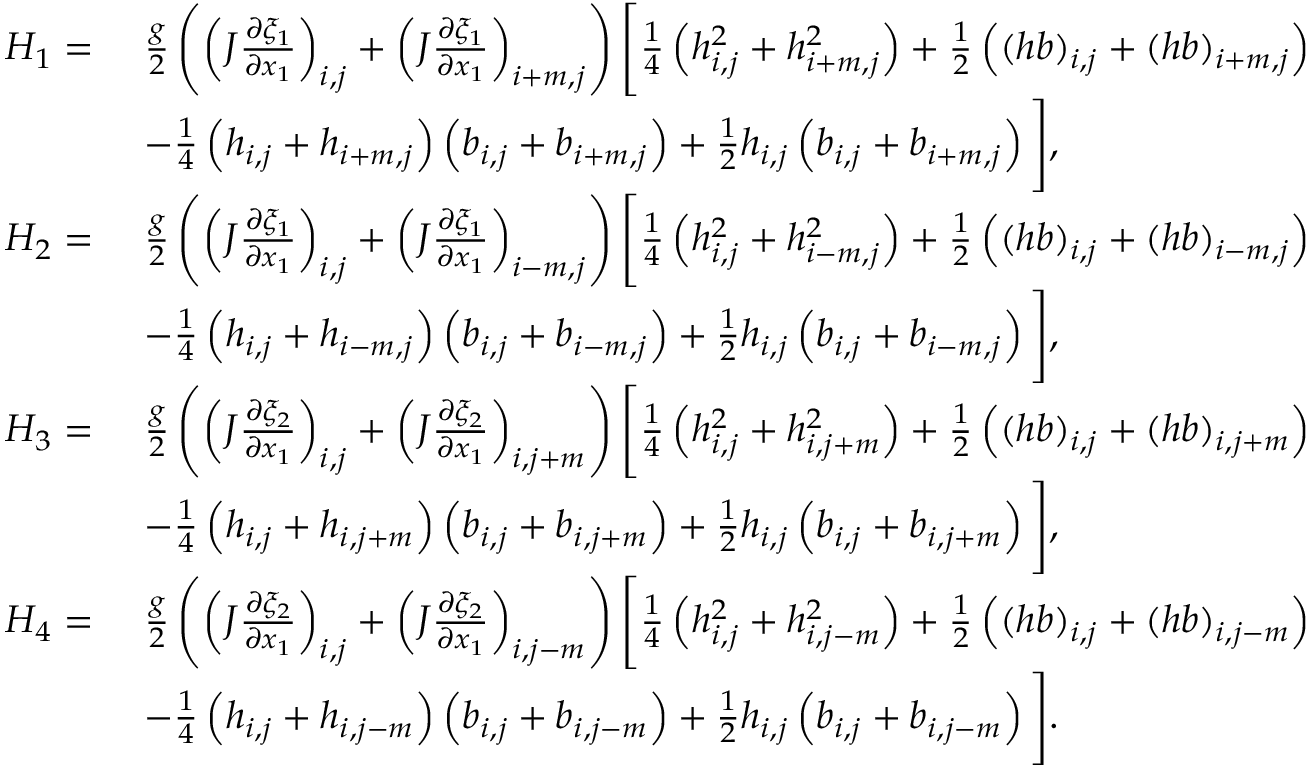
\begin{array} { r l } { H _ { 1 } = \ } & { \frac { g } { 2 } \left( \left( J \frac { \partial \xi _ { 1 } } { \partial x _ { 1 } } \right) _ { i , j } + \left( J \frac { \partial \xi _ { 1 } } { \partial x _ { 1 } } \right) _ { i + m , j } \right) \Bigg [ \frac { 1 } { 4 } \left( h _ { i , j } ^ { 2 } + h _ { i + m , j } ^ { 2 } \right) + \frac { 1 } { 2 } \left( ( h b ) _ { i , j } + ( h b ) _ { i + m , j } \right) } \\ & { - \frac { 1 } { 4 } \left( { h } _ { i , j } + { h } _ { i + m , j } \right) \left( { b } _ { i , j } + { b } _ { i + m , j } \right) + \frac { 1 } { 2 } h _ { i , j } \left( { b } _ { i , j } + { b } _ { i + m , j } \right) \Bigg ] , } \\ { H _ { 2 } = \ } & { \frac { g } { 2 } \left( \left( J \frac { \partial \xi _ { 1 } } { \partial x _ { 1 } } \right) _ { i , j } + \left( J \frac { \partial \xi _ { 1 } } { \partial x _ { 1 } } \right) _ { i - m , j } \right) \Bigg [ \frac { 1 } { 4 } \left( h _ { i , j } ^ { 2 } + h _ { i - m , j } ^ { 2 } \right) + \frac { 1 } { 2 } \left( ( h b ) _ { i , j } + ( h b ) _ { i - m , j } \right) } \\ & { - \frac { 1 } { 4 } \left( { h } _ { i , j } + { h } _ { i - m , j } \right) \left( { b } _ { i , j } + { b } _ { i - m , j } \right) + \frac { 1 } { 2 } h _ { i , j } \left( { b } _ { i , j } + { b } _ { i - m , j } \right) \Bigg ] , } \\ { H _ { 3 } = \ } & { \frac { g } { 2 } \left( \left( J \frac { \partial \xi _ { 2 } } { \partial x _ { 1 } } \right) _ { i , j } + \left( J \frac { \partial \xi _ { 2 } } { \partial x _ { 1 } } \right) _ { i , j + m } \right) \Bigg [ \frac { 1 } { 4 } \left( h _ { i , j } ^ { 2 } + h _ { i , j + m } ^ { 2 } \right) + \frac { 1 } { 2 } \left( ( h b ) _ { i , j } + ( h b ) _ { i , j + m } \right) } \\ & { - \frac { 1 } { 4 } \left( { h } _ { i , j } + { h } _ { i , j + m } \right) \left( { b } _ { i , j } + { b } _ { i , j + m } \right) + \frac { 1 } { 2 } h _ { i , j } \left( { b } _ { i , j } + { b } _ { i , j + m } \right) \Bigg ] , } \\ { H _ { 4 } = \ } & { \frac { g } { 2 } \left( \left( J \frac { \partial \xi _ { 2 } } { \partial x _ { 1 } } \right) _ { i , j } + \left( J \frac { \partial \xi _ { 2 } } { \partial x _ { 1 } } \right) _ { i , j - m } \right) \Bigg [ \frac { 1 } { 4 } \left( h _ { i , j } ^ { 2 } + h _ { i , j - m } ^ { 2 } \right) + \frac { 1 } { 2 } \left( ( h b ) _ { i , j } + ( h b ) _ { i , j - m } \right) } \\ & { - \frac { 1 } { 4 } \left( { h } _ { i , j } + { h } _ { i , j - m } \right) \left( { b } _ { i , j } + { b } _ { i , j - m } \right) + \frac { 1 } { 2 } h _ { i , j } \left( { b } _ { i , j } + { b } _ { i , j - m } \right) \Bigg ] . } \end{array}